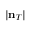
| { \bf n } _ { T } |